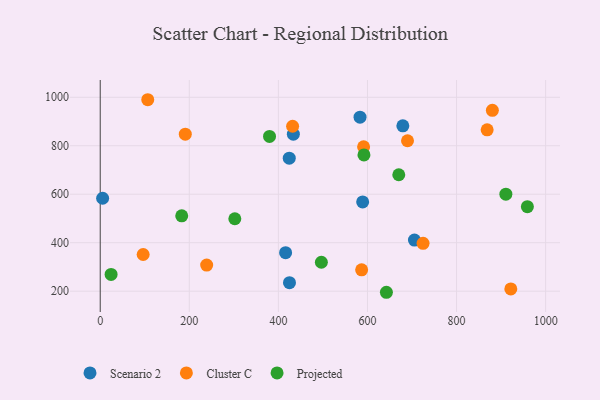
{"axis": {"x": "Price", "y": "Yield"}, "legend": ["Cluster C", "Projected", "Scenario 2"], "data": [{"x": "589.2", "y": 568.1, "type": "Scenario 2"}, {"x": "424.9", "y": 235.2, "type": "Scenario 2"}, {"x": "583.3", "y": 918.1, "type": "Scenario 2"}, {"x": "705.5", "y": 410.9, "type": "Scenario 2"}, {"x": "424.4", "y": 748.6, "type": "Scenario 2"}, {"x": "416.2", "y": 358.8, "type": "Scenario 2"}, {"x": "679.4", "y": 882.0, "type": "Scenario 2"}, {"x": "433.6", "y": 847.6, "type": "Scenario 2"}, {"x": "5.4", "y": 583.3, "type": "Scenario 2"}, {"x": "431.9", "y": 880.5, "type": "Cluster C"}, {"x": "724.8", "y": 397.5, "type": "Cluster C"}, {"x": "106.7", "y": 989.9, "type": "Cluster C"}, {"x": "586.9", "y": 288.0, "type": "Cluster C"}, {"x": "921.8", "y": 209.2, "type": "Cluster C"}, {"x": "191.0", "y": 847.8, "type": "Cluster C"}, {"x": "591.3", "y": 795.5, "type": "Cluster C"}, {"x": "880.4", "y": 946.1, "type": "Cluster C"}, {"x": "96.4", "y": 351.3, "type": "Cluster C"}, {"x": "239.0", "y": 307.7, "type": "Cluster C"}, {"x": "689.9", "y": 820.6, "type": "Cluster C"}, {"x": "868.7", "y": 865.8, "type": "Cluster C"}, {"x": "670.3", "y": 680.4, "type": "Projected"}, {"x": "496.5", "y": 319.3, "type": "Projected"}, {"x": "910.7", "y": 600.2, "type": "Projected"}, {"x": "183.0", "y": 510.7, "type": "Projected"}, {"x": "302.2", "y": 498.8, "type": "Projected"}, {"x": "380.1", "y": 838.3, "type": "Projected"}, {"x": "592.1", "y": 762.2, "type": "Projected"}, {"x": "642.5", "y": 195.4, "type": "Projected"}, {"x": "24.4", "y": 269.1, "type": "Projected"}, {"x": "959.0", "y": 548.5, "type": "Projected"}]}